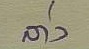
ล่าง